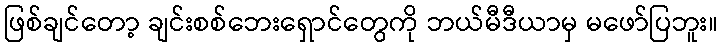
ဖြစ်ချင်တော့ ချင်းစစ်ဘေးရှောင်တွေကို ဘယ်မီဒီယာမှ မဖော်ပြဘူး။